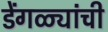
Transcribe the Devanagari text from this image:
डेंगळ्यांची